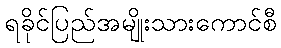
ရခိုင်ပြည်အမျိုးသားကောင်စီ